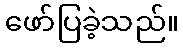
ဖော်ပြခဲ့သည်။